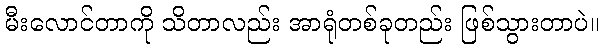
မီးလောင်တာကို သိတာလည်း အာရုံတစ်ခုတည်း ဖြစ်သွားတာပဲ။